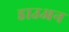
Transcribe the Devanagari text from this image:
डाउअन